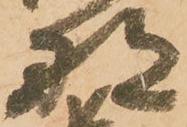
那